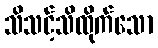
သိသင့်သိထိုက်သော